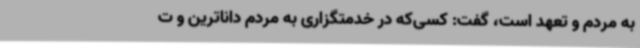
به مردم و تعهد است، گفت: کسی‌که در خدمتگزاری به مردم داناترین و ت